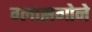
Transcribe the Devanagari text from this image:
ग्लासगोने